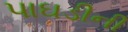
પાઘડીની